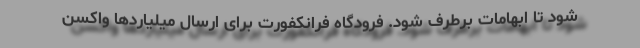
شود تا ابهامات برطرف شود. فرودگاه فرانکفورت برای ارسال میلیاردها واکسن